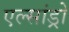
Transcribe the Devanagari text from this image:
एल्‍सांड्रो